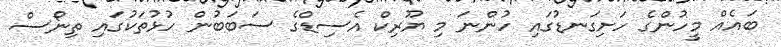
ބައެއް މީހުންގެ ހަށިގަނޑުގައި ހުންނަ މި ޔޫރިކް އެސިޑްގެ ސަބަބުން ހުޅުތަކުގައި ތިނޯސް